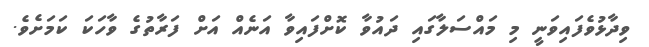
ވިދާޅުވެފައިވަނީ މި މައްސަލާގައި ދައުވާ ކޮށްފައިވާ އަނެއް އަށް ފަރާތުގެ ވާހަކަ ކަމަށެވެ.